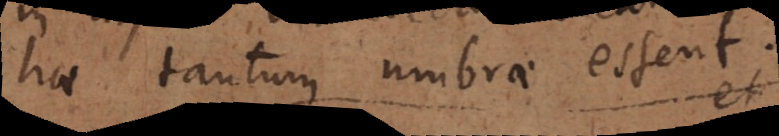
hae tantum umbrae essent.